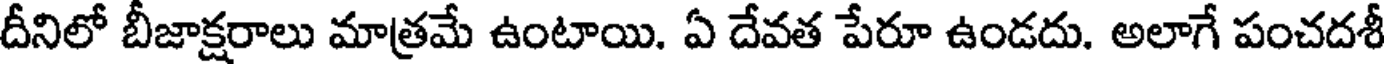
దీనిలో బీజాక్షరాలు మాత్రమే ఉంటాయి. ఏ దేవత పేరూ ఉండదు. అలాగే పంచదశీ